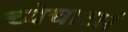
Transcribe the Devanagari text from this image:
च्येचाटलं